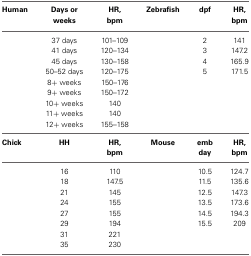
<table><thead><tr><td><b>Human</b></td><td><b>Days or weeks</b></td><td><b>HR, bpm</b></td><td><b>Zebrafish</b></td><td><b>dpf</b></td><td><b>HR, bpm</b></td></tr></thead><tbody><tr><td></td><td>37 days</td><td>101–109</td><td></td><td>2</td><td>141</td></tr><tr><td></td><td>41 days</td><td>120–134</td><td></td><td>3</td><td>147.2</td></tr><tr><td></td><td>45 days</td><td>130–158</td><td></td><td>4</td><td>165.9</td></tr><tr><td></td><td>50–52 days</td><td>120–175</td><td></td><td>5</td><td>171.5</td></tr><tr><td></td><td>8+ weeks</td><td>150–176</td><td></td><td></td><td></td></tr><tr><td></td><td>9+ weeks</td><td>150–172</td><td></td><td></td><td></td></tr><tr><td></td><td>10+ weeks</td><td>140</td><td></td><td></td><td></td></tr><tr><td></td><td>11+ weeks</td><td>140</td><td></td><td></td><td></td></tr><tr><td></td><td>12+ weeks</td><td>155–158</td><td></td><td></td><td></td></tr><tr><td><b>Chick</b></td><td><b>HH</b></td><td><b>HR, bpm</b></td><td><b>Mouse</b></td><td><b>emb day</b></td><td><b>HR, bpm</b></td></tr><tr><td></td><td>16</td><td>110</td><td></td><td>10.5</td><td>124.7</td></tr><tr><td></td><td>18</td><td>147.5</td><td></td><td>11.5</td><td>135.6</td></tr><tr><td></td><td>21</td><td>145</td><td></td><td>12.5</td><td>147.3</td></tr><tr><td></td><td>24</td><td>155</td><td></td><td>13.5</td><td>173.6</td></tr><tr><td></td><td>27</td><td>155</td><td></td><td>14.5</td><td>194.3</td></tr><tr><td></td><td>29</td><td>194</td><td></td><td>15.5</td><td>209</td></tr><tr><td></td><td>31</td><td>221</td><td></td><td></td><td></td></tr><tr><td></td><td>35</td><td>230</td><td></td><td></td><td></td></tr></tbody></table>